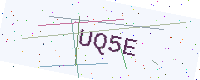
Text: UQ5E